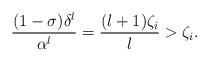
LaTeX: \begin{align*}\frac{(1-\sigma) \delta^l}{ \alpha^l} = \frac{(l+1) \zeta_i}{l} > \zeta_i.\end{align*}